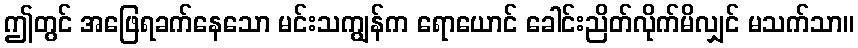
ဤတွင် အဖြေရခက်နေသော မင်းသကျွန်က ရောယောင် ခေါင်းညိတ်လိုက်မိလျှင် မသက်သာ။